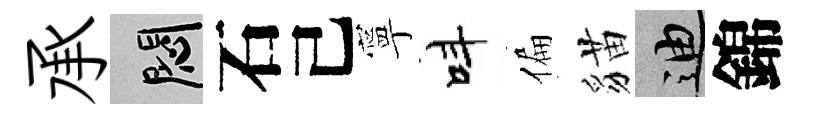
承悶石己寧呌偏貓迪錦